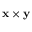
\mathbf { x } \times \mathbf { y }